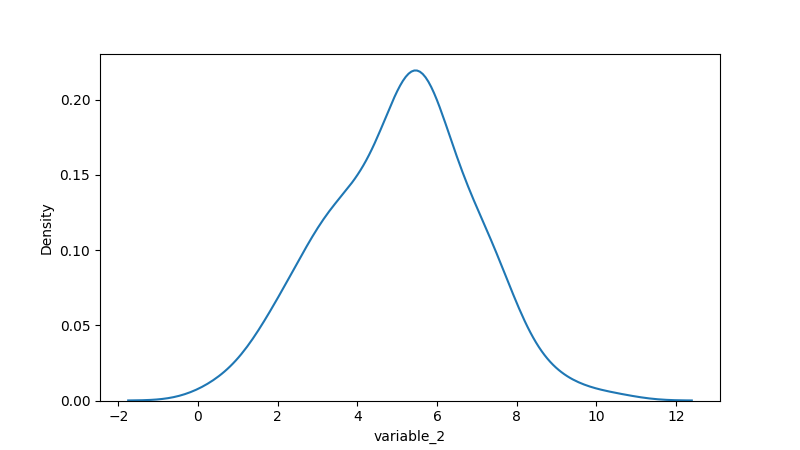
python, seaborn, kdeplot, hue='None', fill=False, bw_adjust=1.0